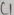
Text: C1